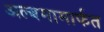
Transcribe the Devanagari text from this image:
अल्बमामार्फत